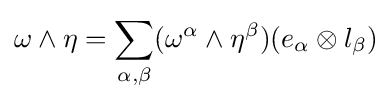
\omega \wedge \eta =\sum _{\alpha ,\beta }(\omega ^{\alpha }\wedge \eta ^{\beta })(e_{\alpha }\otimes l_{\beta })